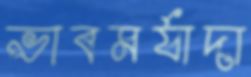
ভাবমর্যাদা